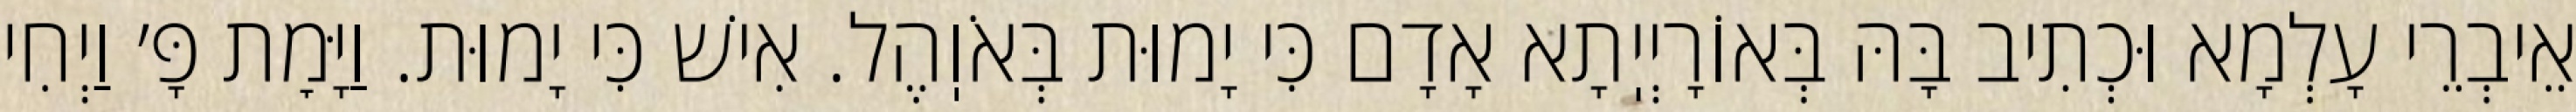
אֵיבְרֵי עָלְמָא וּכְתִיב בָּהּ בְּאוֹרָיְיֽתָא אָדָם כִּי יָמוּת בְּאֹוֽהֶל. אִישׁ כִּי יָמוּת. וַיָּמׇת פָּ׳ וַיְחִי